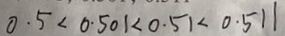
0 . 5 < 0 . 5 0 1 < 0 . 5 1 < 0 . 5 1 1